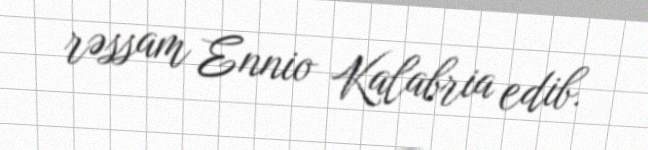
rəssam Ennio Kalabria edib.